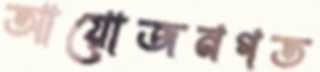
আয়োজনগত